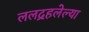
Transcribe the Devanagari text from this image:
ललद्रहलेल्या